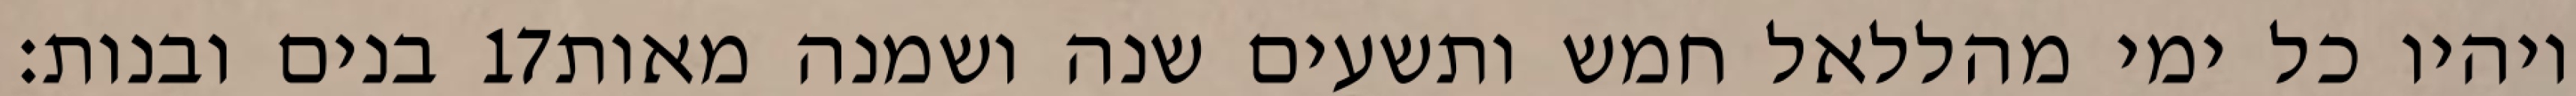
בנים ובנות׃ ‎17‏ ויהיו כל ימי מהללאל חמש ותשעים שנה ושמנה מאות